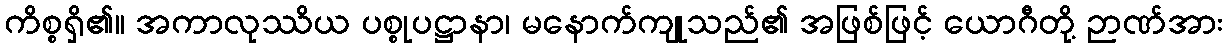
ကိစ္စရှိ၏။ အကာလုဿိယ ပစ္စုပဋ္ဌာနာ၊ မနောက်ကျုသည်၏ အဖြစ်ဖြင့် ယောဂီတို့ ဉာဏ်အား